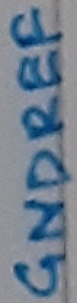
Text: GNDREF